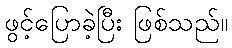
ဖွင့်ပြောခဲ့ပြီး ဖြစ်သည်။